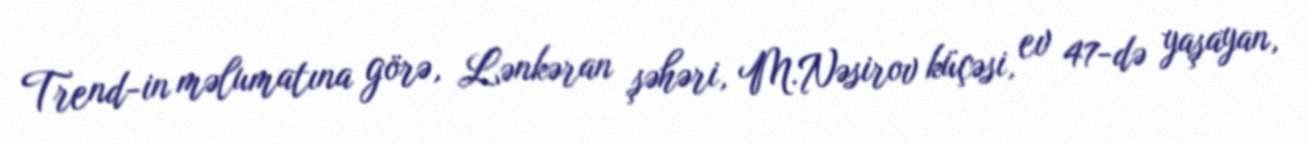
Trend-in məlumatına görə, Lənkəran şəhəri, M.Nəsirov küçəsi, ev 47-də yaşayan,